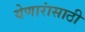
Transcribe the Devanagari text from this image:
येणारांसाठी